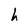
Character: h